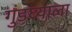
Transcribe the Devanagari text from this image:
गुडघ्याला